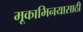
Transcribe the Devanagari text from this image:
मूकाभिनयासाठी